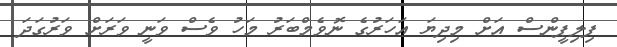
ފިލިޕީންސް އަށް މިދިޔަ އަހަރުގެ ނޮވެމްބަރު މަހު ވެސް ވަނީ ވަރަށް ވަރުގަދަ